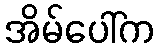
အိမ်ပေါ်က